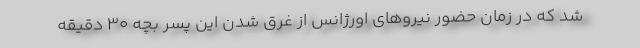
شد که در زمان حضور نیروهای اورژانس از غرق شدن این پسر بچه ۳۰ دقیقه